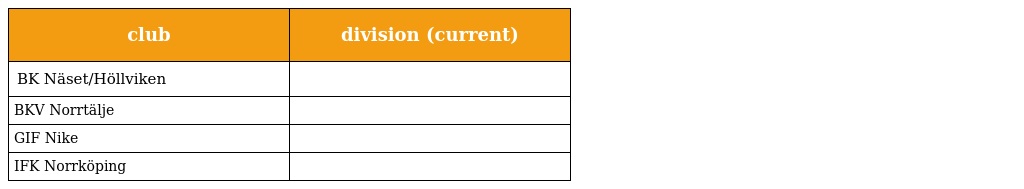
| club | division (current) |
 | --- | --- |
 | BK Näset/Höllviken |  |
 | BKV Norrtälje |  |
 | GIF Nike |  |
 | IFK Norrköping |  |